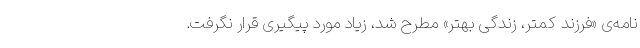
نامه‌ی «فرزند کمتر، زندگی بهتر» مطرح شد، زیاد مورد پیگیری قرار نگرفت.